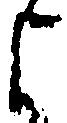
よ